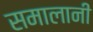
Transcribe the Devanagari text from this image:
समालानी